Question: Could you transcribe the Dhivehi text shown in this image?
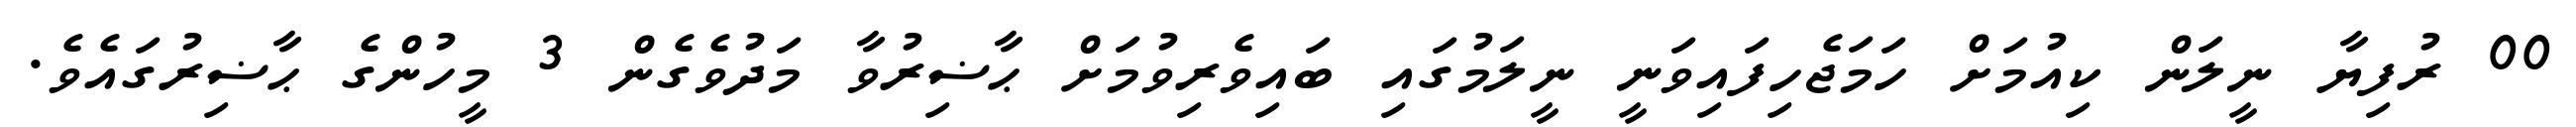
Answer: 00 ރުފިޔާ ނީލަން ކިއުމަށް ހަމަޖެހިފައިވަނީ ނީލަމުގައި ބައިވެރިވުމަށް ޙާޟިރުވާ މަދުވެގެން 3 މީހުންގެ ޙާޟިރުގައެވެ.